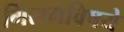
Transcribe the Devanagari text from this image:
गिरामविषये